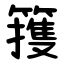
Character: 䉟